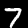
Digit: 7